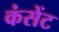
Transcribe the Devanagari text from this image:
कंसेंट